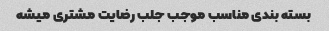
بسته بندی مناسب موجب جلب رضایت مشتری میشه